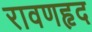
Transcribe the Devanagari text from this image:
रावणहृद